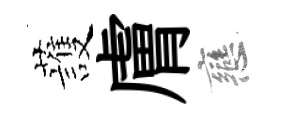
䕶膚戀